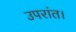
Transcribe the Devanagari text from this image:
उपरांत।